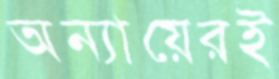
অন্যায়েরই